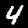
Digit: 4